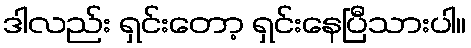
ဒါလည်း ရှင်းတော့ ရှင်းနေပြီသားပါ။